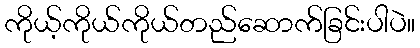
ကိုယ့်ကိုယ်ကိုယ်တည်ဆောက်ခြင်းပါပဲ။